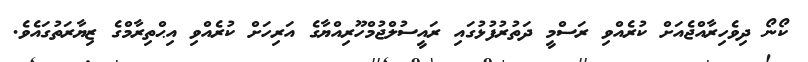
ކޯނޯ ދިވެހިރާއްޖެއަށް ކުރެއްވި ރަސްމީ ދަތުރުފުޅުގައި ރައީސުލްޖުމްހޫރިއްޔާގެ އަރިހަށް ކުރެއްވި އިޙްތިރާމްގެ ޒިޔާރަތުގައެވެ.